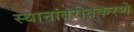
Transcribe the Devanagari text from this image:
स्थानांतरीतकरणे